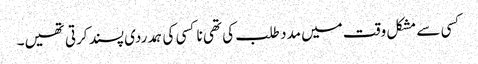
کسی سے مشکل وقت میں مدد طلب کی تھی نا کسی کی ہمدردی پسند کرتی تھیں۔